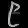
Digit: ၉